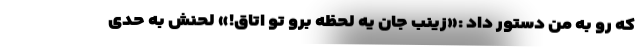
که رو به من دستور داد :«زینب جان یه لحظه برو تو اتاق!» لحنش به حدی